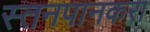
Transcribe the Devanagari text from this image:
स्तनपानकरा